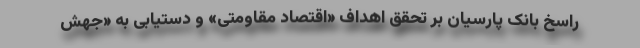
راسخ بانک پارسیان بر تحقق اهداف «اقتصاد مقاومتی» و دستیابی به «جهش